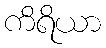
ကိရိယာ